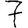
Digit: 7